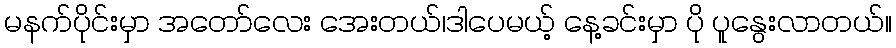
မနက်ပိုင်းမှာ အတော်လေး အေးတယ်၊ဒါပေမယ့် နေ့ခင်းမှာ ပို ပူနွေးလာတယ်။